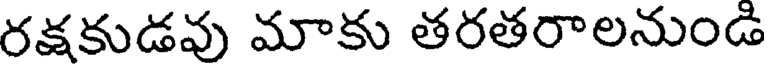
రక్షకుడవు మాకు తరతరాలనుండి